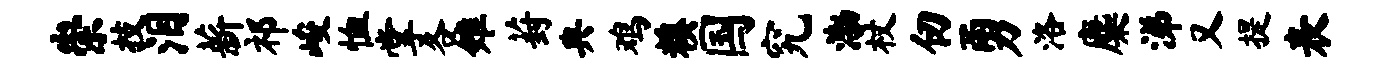
崇技泪薪祁峻恤掌各雉葑典鸡糗国究渤杖仞勇洛麋涕又提表